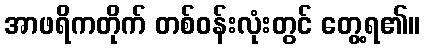
အာဖရိကတိုက် တစ်ဝန်းလုံးတွင် တွေ့ရ၏။